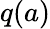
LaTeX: q(a)